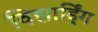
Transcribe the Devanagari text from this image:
विझार्ड्रिंग